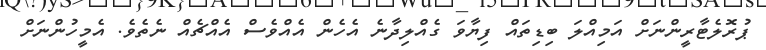
ޕުރޮލެޓާރީންނަށް އަމިއްލަ ބިޑިތައް ފިޔާވަ ގެއްލިދާނެ އެހެން އެއްވެސް އެއްޗެއް ނެތެވެ. އެމީހުންނަށް